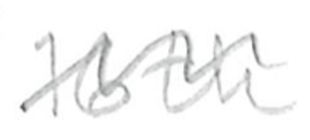
Text: 16th
Cross-out: wave
Writing tool: pencil